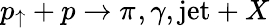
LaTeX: p_{\uparrow}+{p}\rightarrow\pi^{},\gamma,\mathrm{jet}+X